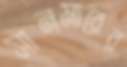
সানমারের